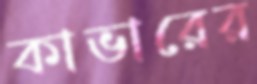
কাভারের